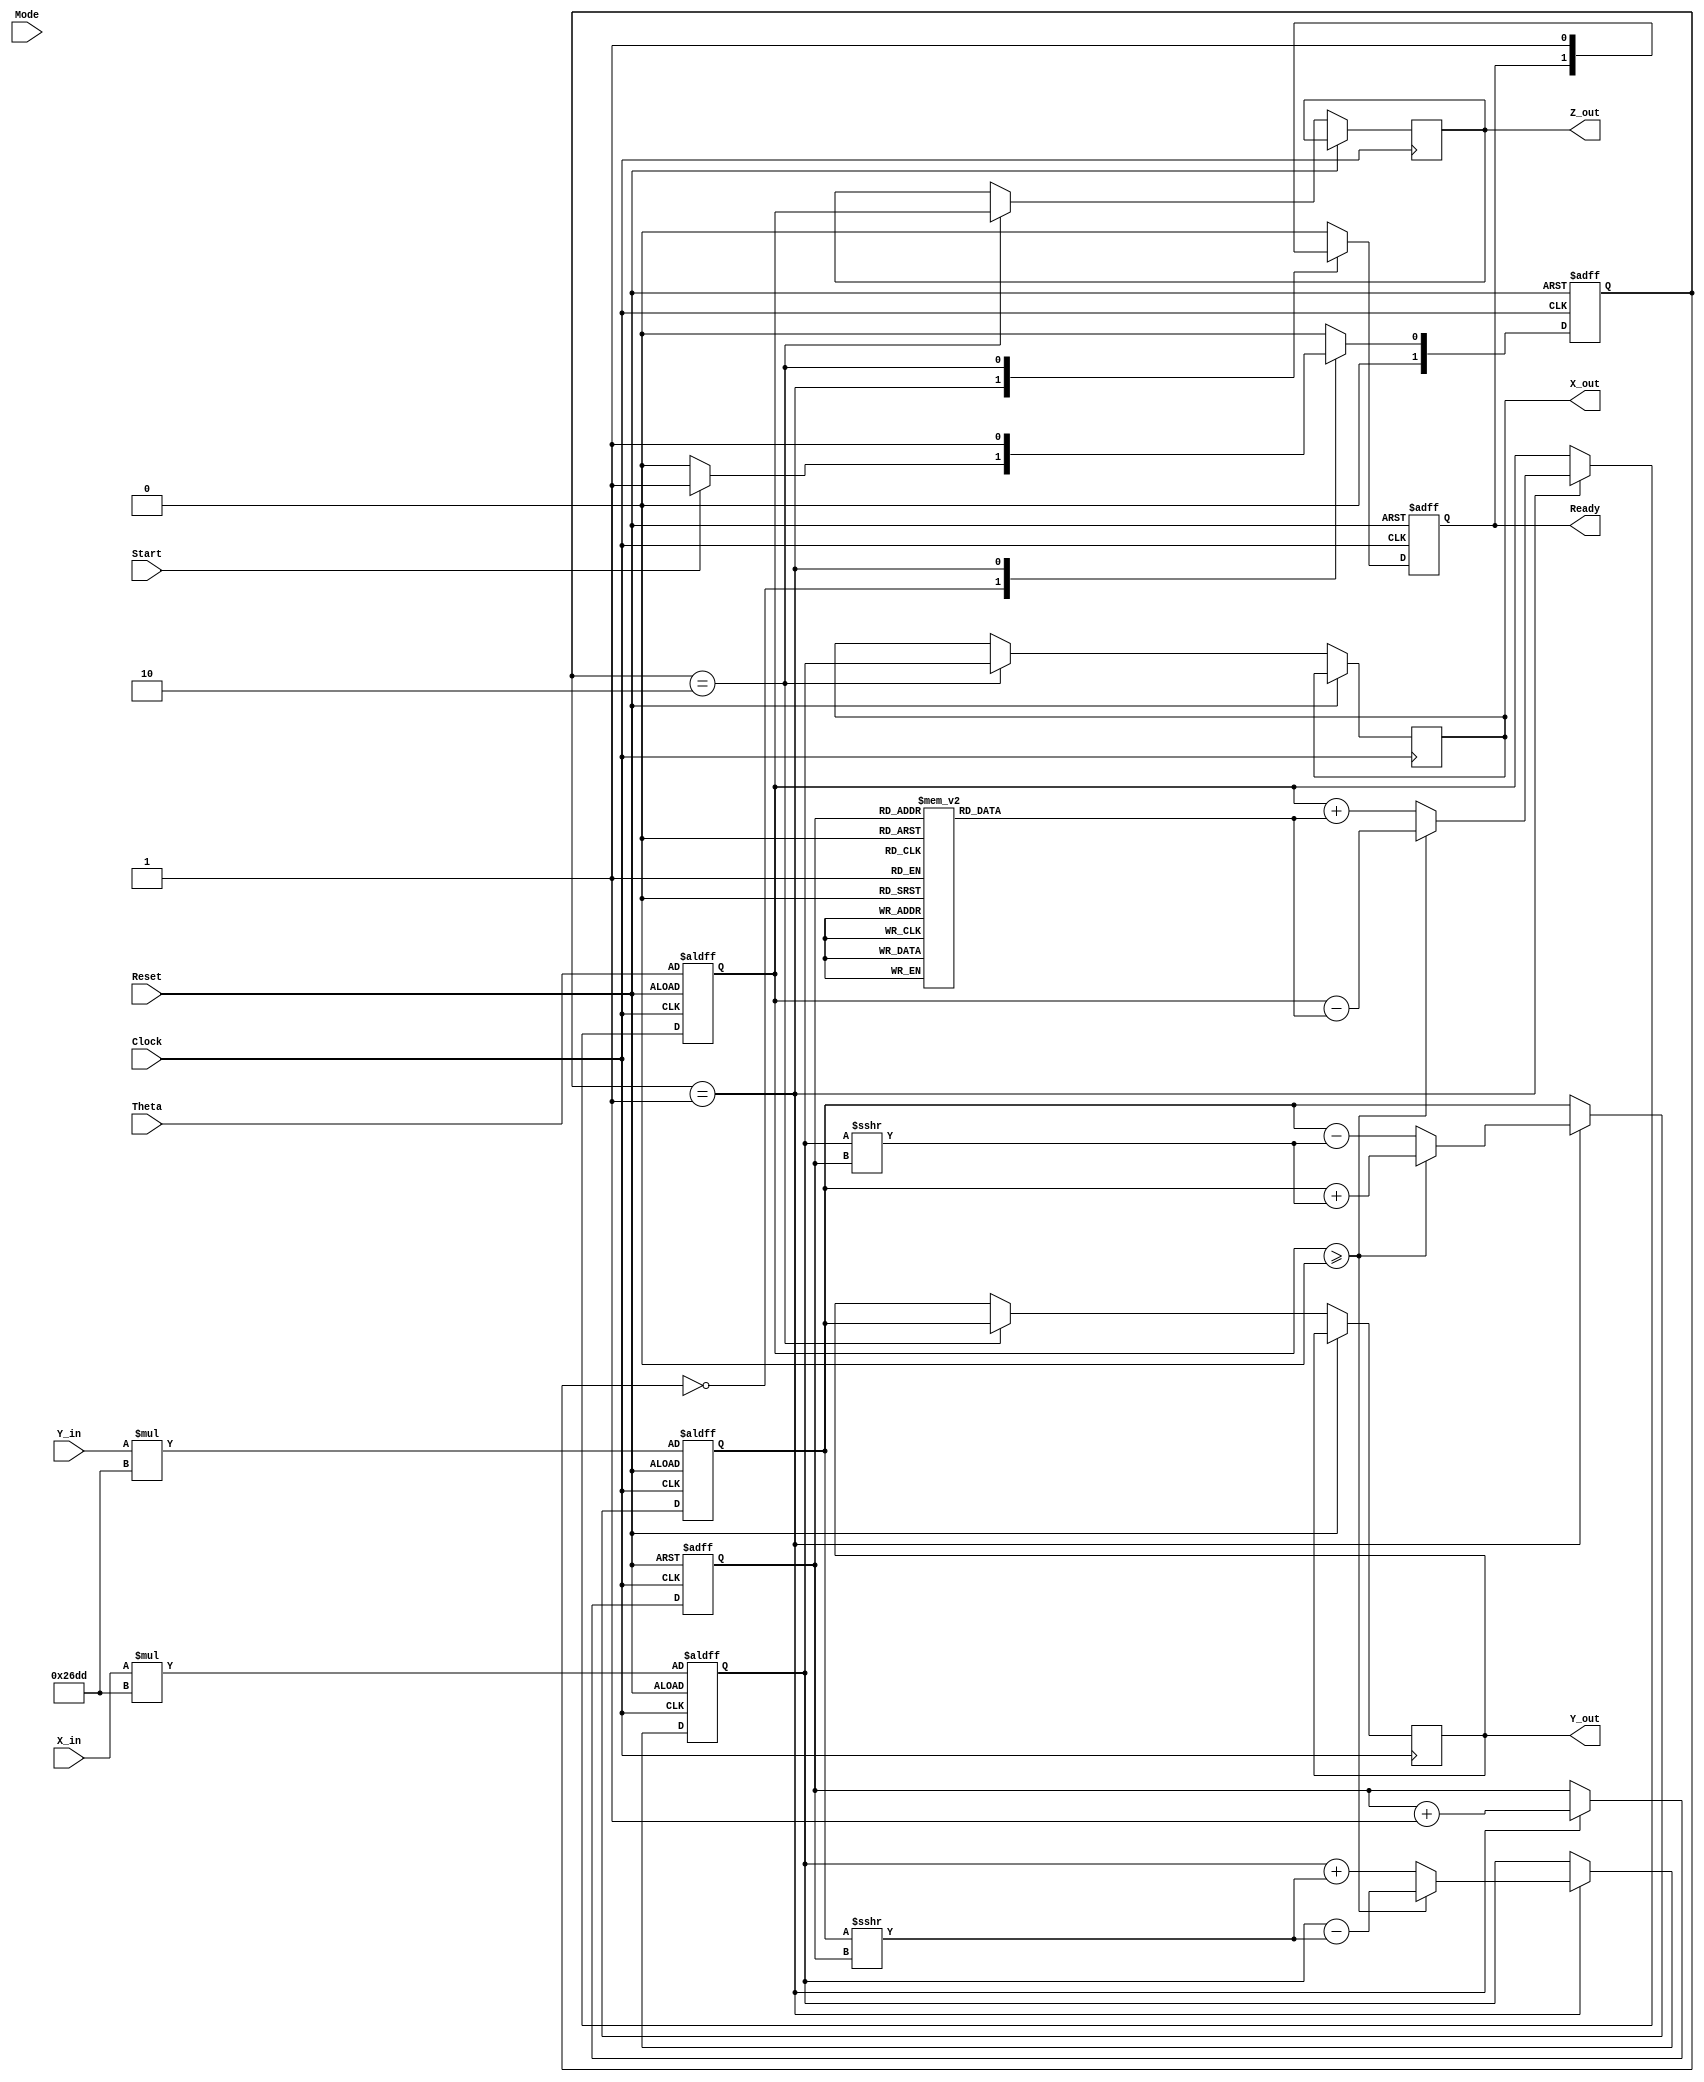
module cordic_2d (
    input wire signed [15:0] X_in,        // Input X coordinate
    input wire signed [15:0] Y_in,        // Input Y coordinate
    input wire signed [15:0] Theta,       // Input angle in fixed-point format
    input wire Mode,                      // Mode control (0: Rotation, 1: Vectoring)
    input wire Start,                     // Start signal
    input wire Clock,                     // Clock signal
    input wire Reset,                     // Asynchronous reset
    output reg signed [15:0] X_out,      // Output X coordinate
    output reg signed [15:0] Y_out,      // Output Y coordinate
    output reg signed [15:0] Z_out,      // Output angle
    output reg Ready                      // Ready signal
);

    // Parameters
    parameter ITERATIONS = 16;           // Number of iterations
    parameter [15:0] K = 16'h26DD;       // Scaling factor (K = 1/sqrt(1+2^(-2n))) for n=16

    // Internal registers
    reg signed [15:0] x_reg, y_reg;
    reg signed [15:0] z_reg;
    reg [3:0] counter;                    // Counter for iterations
    reg [1:0] state, next_state;          // FSM states
    reg signed [15:0] atan_lut [0:ITERATIONS-1]; // Look-up table for arctangent values

    // States
    localparam IDLE = 2'b00;
    localparam COMPUTE = 2'b01;
    localparam DONE = 2'b10;

    // Initialize LUT for arctangent values
    initial begin
        atan_lut[0] = 16'h2000; // atan(0.5) = 0.4636 * 2^15
        atan_lut[1] = 16'h1333; // atan(0.25) = 0.2449 * 2^15
        atan_lut[2] = 16'h0A3D; // atan(0.125) = 0.1244 * 2^15
        // Fill remaining values...
    end

    // FSM for controlling states
    always @(posedge Clock or posedge Reset) begin
        if (Reset) begin
            state <= IDLE;
        end else begin
            state <= next_state;
        end
    end

    // State transition logic
    always @(*) begin
        case (state)
            IDLE: begin
                if (Start) next_state = COMPUTE;
                else next_state = IDLE;
            end
            COMPUTE: begin
                if (counter == ITERATIONS) next_state = DONE;
                else next_state = COMPUTE;
            end
            DONE: begin
                next_state = IDLE;
            end
            default: next_state = IDLE;
        endcase
    end

    // Iteration logic
    always @(posedge Clock or posedge Reset) begin
        if (Reset) begin
            x_reg <= X_in * K; // Apply scaling factor
            y_reg <= Y_in * K; // Apply scaling factor
            z_reg <= Theta;
            counter <= 0;
            Ready <= 0;
        end else begin
            case (state)
                COMPUTE: begin
                    // Perform CORDIC rotation
                    if (z_reg >= 0) begin
                        x_reg <= x_reg - (y_reg >>> counter);
                        y_reg <= y_reg + (x_reg >>> counter);
                        z_reg <= z_reg - atan_lut[counter];
                    end else begin
                        x_reg <= x_reg + (y_reg >>> counter);
                        y_reg <= y_reg - (x_reg >>> counter);
                        z_reg <= z_reg + atan_lut[counter];
                    end
                    counter <= counter + 1;
                end
                DONE: begin
                    X_out <= x_reg;
                    Y_out <= y_reg;
                    Z_out <= z_reg;
                    Ready <= 1;
                end
                default: begin
                    Ready <= 0;
                end
            endcase
        end
    end

endmodule